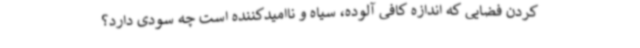
کردن فضایی که اندازه کافی آلوده، سیاه و ناامیدکننده است چه سودی دارد؟